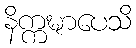
နိက္ကဍ္ဎာပေသိ